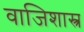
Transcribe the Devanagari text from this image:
वाजिशास्त्र